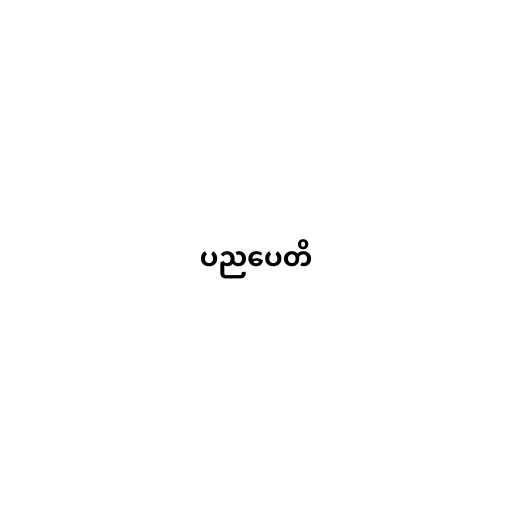
ပညပေတိ